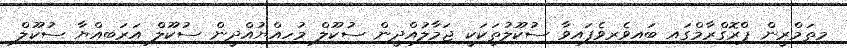
މިތަމްރީން ޕްރޮގްރާމްގައި ބައިވެރިވެފައިވާ ސުކޫލުތަކަކީ ޖަމާލުއްދީން ސުކޫލް މުހިއްޔުއްދީން ސުކޫލް އަރަބިއްޔާ ސުކޫލް